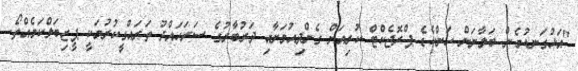
"އަޅުގަނޑުމެން ބަލާނަން ހަންކެޑެ ޕްރޮޖެކްޓް ކުރިއަށް ގެންދިއުމަށާއި ދަރުބާރުގެ ސަރަހައްދު ތަރައްގީކުރުމަކީ ޕީޒިބަލްކަމެއްތޯ.